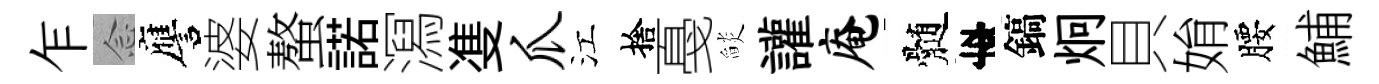
乍𫝹譍婆螯諾㵼㕠爪江捨戞𦦨讙庵髄李鎬炯貝姢腰鯆